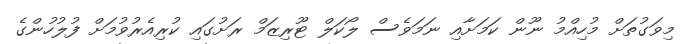
މިވަގުތަށް މުހިއްމު ނޫން ކަމަށާއި ނަމަވެސް ލޯކަލް ޓޫރިޒަމް ރަށުގައި ކުރިއެރުވުމަށް ފުލުހުންގެ